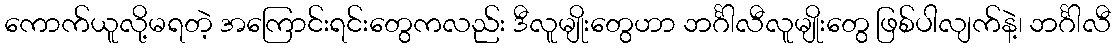
ကောက်ယူလို့မရတဲ့ အကြောင်းရင်းတွေကလည်း ဒီလူမျိုးတွေဟာ ဘင်္ဂါလီလူမျိုးတွေ ဖြစ်ပါလျက်နဲ့၊ ဘင်္ဂါလီ